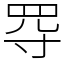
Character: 㝶